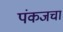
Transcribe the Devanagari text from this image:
पंकजचा